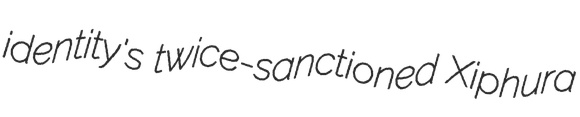
identity's twice-sanctioned Xiphura